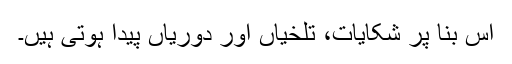
اس بنا پر شکایات، تلخیاں اور دوریاں پیدا ہوتی ہیں۔